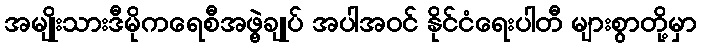
အမျိုးသားဒီမိုကရေစီအဖွဲ့ချုပ် အပါအဝင် နိုင်ငံရေးပါတီ များစွာတို့မှာ